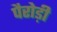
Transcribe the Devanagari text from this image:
पैरोड़ी